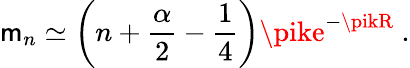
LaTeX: \mathsf{m}_{n}\simeq\left(n+\frac{{\alpha}}{{2}}-\frac{{1}}{{4}}\right)\pike^{-\pikR}~.